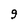
Character: 9